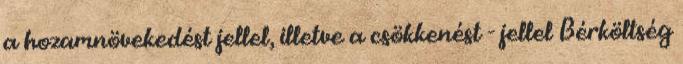
a hozamnövekedést jellel, illetve a csökkenést - jellel Bérköltség